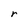
Character: r